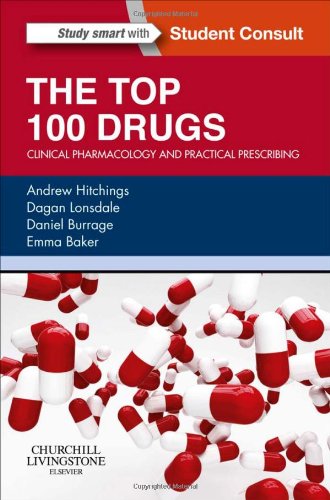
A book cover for The Top 100 Drugs: Clinical Pharmacology and Practical Prescribing, 1e; Andrew Hitchings BSc(Hons) MBBS MRCP FHEA; Medical Books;